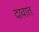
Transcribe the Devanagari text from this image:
दावात